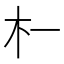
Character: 𬂜